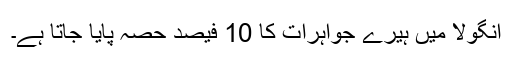
انگولا میں ہیرے جواہرات کا 10 فیصد حصہ پایا جاتا ہے۔